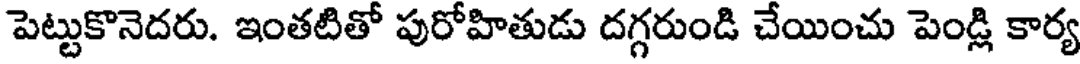
పెట్టుకొనెదరు. ఇంతటితో పురోహితుడు దగ్గరుండి చేయించు పెండ్లి కార్య